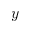
y